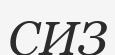
СИЗ